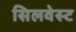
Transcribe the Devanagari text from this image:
सिलवेस्ट